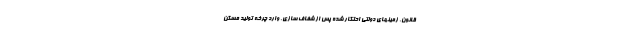
قانون، زمینهای دولتی احتکار شده پس از شفاف سازی، وارد چرخه تولید مسکن